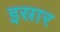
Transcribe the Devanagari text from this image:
इस्रार